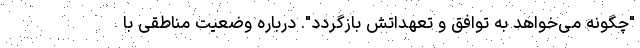
"چگونه می‌خواهد به توافق و تعهداتش بازگردد". درباره وضعیت مناطقی با